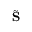
\tilde { \mathbf { S } }